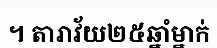
។ តារាវ័យ២៥ឆ្នាំម្នាក់